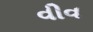
વીવ